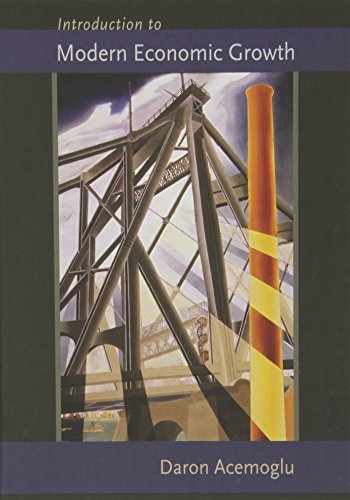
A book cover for Introduction to Modern Economic Growth; Daron Acemoglu; Business & Money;